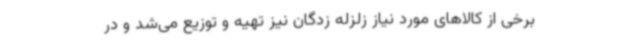
برخی از کالاهای مورد نیاز زلزله زدگان نیز تهیه و توزیع می‌شد و در